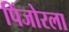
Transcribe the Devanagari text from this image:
पिंजोरला